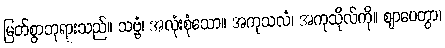
မြတ်စွာဘုရားသည်။ သဗ္ဗံ၊ အလုံးစုံသော။ အကုသလံ၊ အကုသိုလ်ကို။ ဈာပေတွာ၊